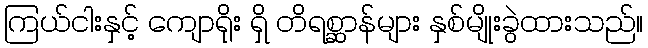
ကြယ်ငါးနှင့် ကျောရိုး ရှိ တိရစ္ဆာန်များ နှစ်မျိုးခွဲထားသည်။